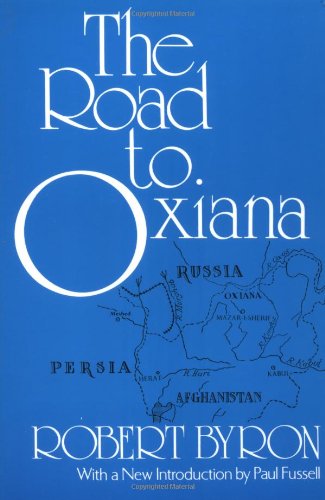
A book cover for The Road to Oxiana; Robert Byron; Travel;